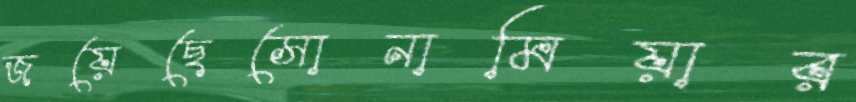
জয়েছেসোনামিয়ার